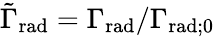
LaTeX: \tilde{\Gamma}_{\mathrm{rad}}=\Gamma_{\mathrm{rad}}/\Gamma_{\mathrm{rad};0}